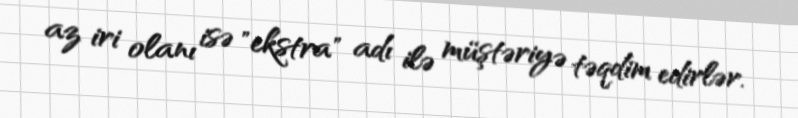
az iri olanı isə "ekstra" adı ilə müştəriyə təqdim edirlər.